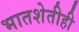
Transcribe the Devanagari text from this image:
भातशेतीही